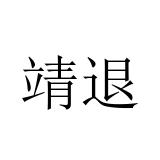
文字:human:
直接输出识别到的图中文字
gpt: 靖退